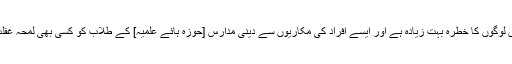
لہذا ایسے بےوقوف اور ناداں لوگوں کا خطرہ بہت زیادہ ہے اور ایسے افراد کی مکاریوں سے دینی مدارس [حوزہ ہائے علمیہ] کے طلاب کو کسی بھی لمحہ غفلت کا شکار نہیں ہونا چاہئے۔